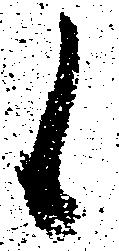
候